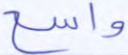
واسع